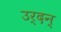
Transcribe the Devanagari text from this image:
उर्दन्